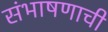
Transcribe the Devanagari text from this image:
संभाषणाची